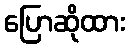
ပြောဆိုထား